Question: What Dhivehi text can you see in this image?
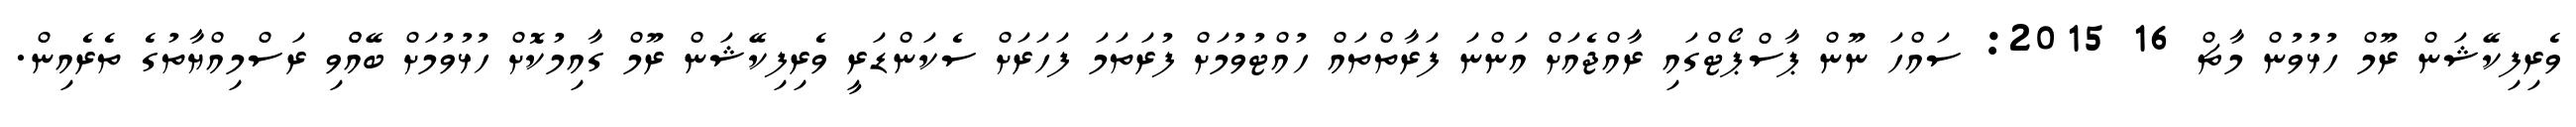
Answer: ވެރިފިކޭޝަން ރޫމް ހުޅުވުން މާޗް 16 2015: ސައްހަ ނޫން ޕާސްޕޯޓްގައި ރާއްޖެއަށް އަންނަ ފަރާތްތައް ހުއްޓުވުމަށް ފުރަތަމަ ފަހަރަށް ސެކަންޑަރީ ވެރިފިކޭޝަން ރޫމް ގާއިމުކޮށް ހުޅުވުމަށް ބޭއްްވި ރަސްމިއްޔާތުގެ ތެރެއިން.